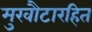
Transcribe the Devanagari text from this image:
मुखौटारहित